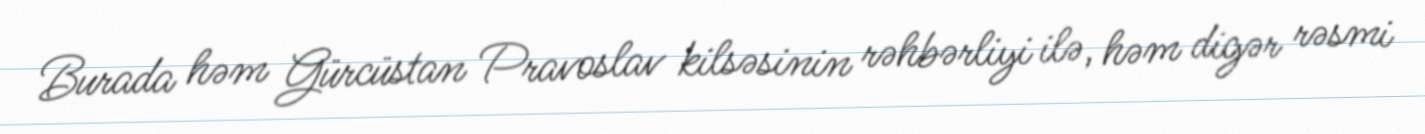
Burada həm Gürcüstan Pravoslav kilsəsinin rəhbərliyi ilə, həm digər rəsmi